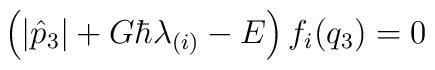
\left(|\hat{p}_3|+G\hbar\lambda_{(i)}-E\right)f_i(q_3)=0